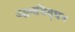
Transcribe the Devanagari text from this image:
उद्धवचिद्‌घन